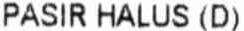
PASIR HALUS (D)